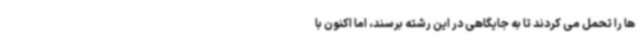
ها را تحمل می کردند تا به جایگاهی در این رشته برسند، اما اکنون با